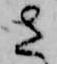
さ